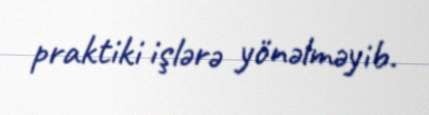
praktiki işlərə yönəlməyib.